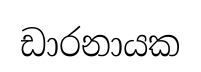
ඩාරනායක